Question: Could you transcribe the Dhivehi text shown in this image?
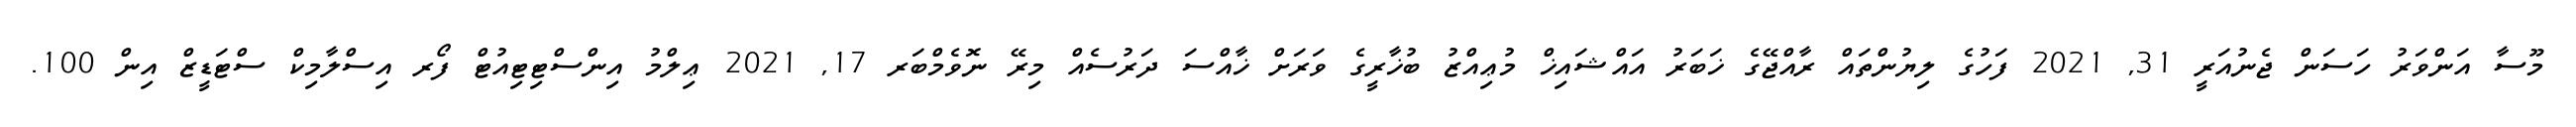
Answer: މޫސާ އަންވަރު ހަސަން ޖެނުއަރީ 31, 2021 ފަހުގެ ލިޔުންތައް ރާއްޖޭގެ ޚަބަރު އައްޝައިޚް މުޢިއްޒު ބުޚާރީގެ ވަރަށް ޚާއްސަ ދަރުސެއް މިރޭ ނޮވެމްބަރ 17, 2021 ޢިލްމު އިންސްޓިޓިއުޓް ފޯރ އިސްލާމިކް ސްޓަޑީޒް އިން 100.